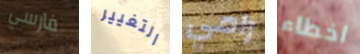
فارسي التغيير رامي اخطاء